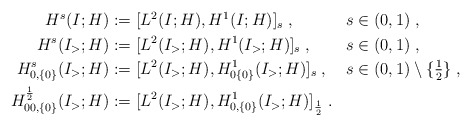
\begin{align*}\begin{aligned}H^{s}(I;H) &:= [L^2(I;H),H^1(I;H)]_{{s}}\;, &&s\in (0,1)\;,\\H^{s}(I_>;H) &:= [L^2(I_>;H),H^1(I_>;H)]_{{s}}\;, &&s\in (0,1)\;,\\H^{s}_{0,\{0\}}(I_>;H) &:= [L^2(I_>;H),H^1_{0\{0\}}(I_>;H)]_{s} \;, &&s\in (0,1)\setminus\{\tfrac12\}\;,\\H^{\frac12}_{00,\{0\}}(I_>;H) &:= [L^2(I_>;H),H^1_{0,\{0\}}(I_>;H)]_{\frac12} \;. && \ \end{aligned}\end{align*}